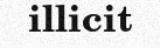
illicit